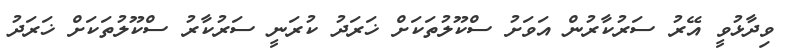
ވިދާޅުވީ އޭރު ސަރުކާރުން އަވަށު ސްކޫލުތަކަށް ޚަރަދު ކުރަނީ ސަރުކާރު ސްކޫލުތަކަށް ޚަރަދު